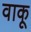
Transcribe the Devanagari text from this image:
वाकू